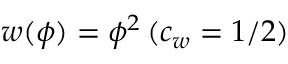
w ( \phi ) = \phi ^ { 2 } \, ( c _ { w } = 1 / 2 )